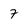
Character: 7